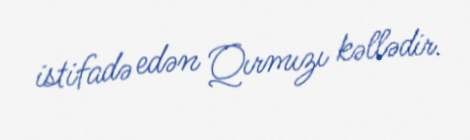
istifadə edən Qırmızı kəllədir.